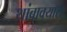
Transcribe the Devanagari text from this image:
थांबावयास